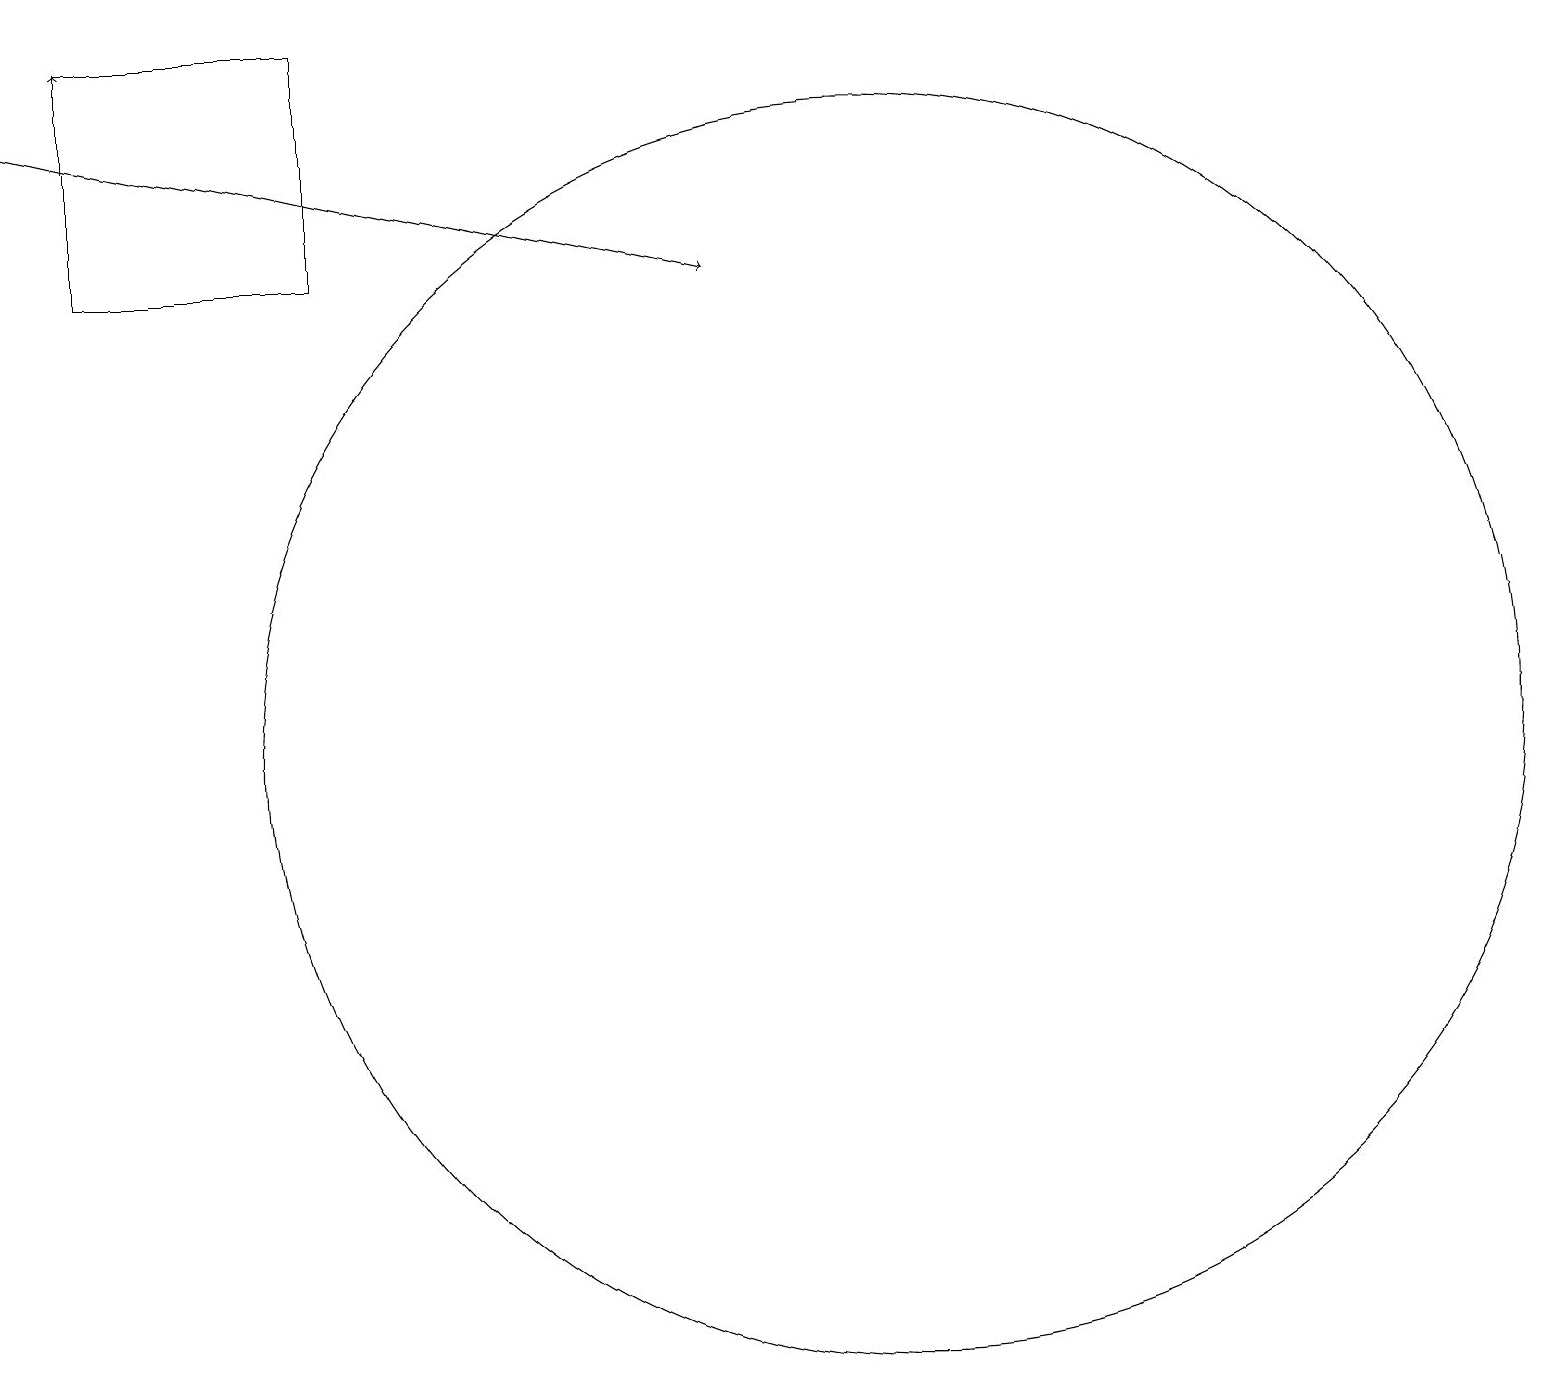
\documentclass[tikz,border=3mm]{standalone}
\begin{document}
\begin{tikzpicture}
\draw[->] (0,18) -- (9,16);
\draw[->] (1,19) -- (1,19);
\draw (11,10) circle (8);
\draw (1,19) rectangle (4,16);
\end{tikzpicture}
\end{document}